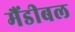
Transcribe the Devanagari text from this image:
मैंडीबल